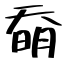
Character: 奣